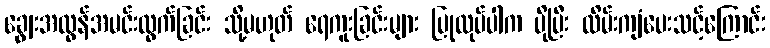
ချွေးအလွန်အမင်းထွက်ခြင်း သို့မဟုတ် ရေကူးခြင်းများ ပြုလုပ်ပါက ပိုပြီး လိမ်းကျံပေးသင့်ကြောင်း